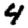
Digit: 4